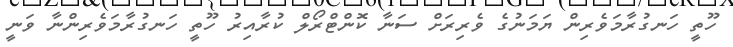
ހޫތީ ހަނގުރާމަވެރިން ޔަމަނުގެ ވެރިރަށް ސަނާ ކޮންޓްރޯލް ކުރާއިރު ހޫތީ ހަނގުރާމަވެރިންނާ ވަނީ